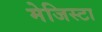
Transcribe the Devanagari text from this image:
मेजिस्टा